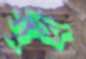
সুধী